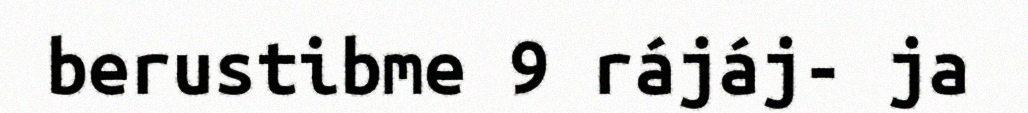
berustibme 9 rájáj- ja